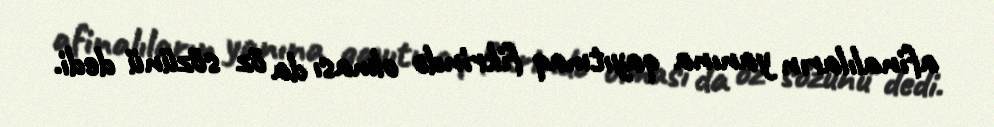
afinalıların yanına qayıtmaq fikrində olması da öz sözünü dedi.